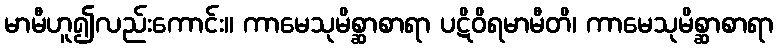
မာမီဟူ၍လည်းကောင်း။ ကာမေသုမိစ္ဆာစာရာ ပဋိဝိရမာမီတိ၊ ကာမေသုမိစ္ဆာစာရာ